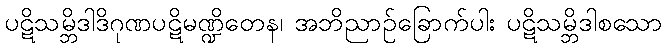
ပဋိသမ္ဘိဒါဒိဂုဏပဋိမဏ္ဍိတေန၊ အဘိညာဉ်ခြောက်ပါး ပဋိသမ္ဘိဒါစသော